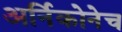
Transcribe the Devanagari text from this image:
अर्निकोनेच